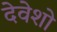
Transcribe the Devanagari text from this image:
देवेशो